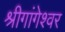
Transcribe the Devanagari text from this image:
श्रीगांगेश्वर